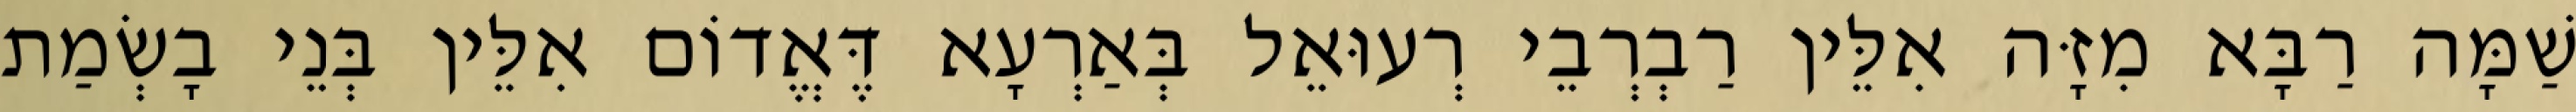
שַׁמָּה רַבָּא מִזָּה אִלֵּין רַבְרְבֵי רְעוּאֵל בְּאַרְעָא דֶּאֱדוֹם אִלֵּין בְּנֵי בָשְׂמַת